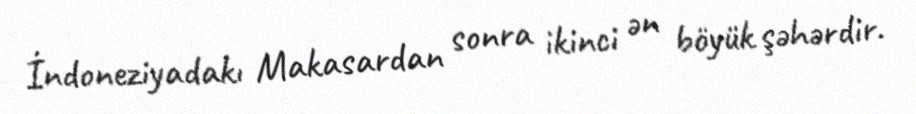
İndoneziyadakı Makasardan sonra ikinci ən böyük şəhərdir.